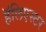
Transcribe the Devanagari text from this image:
हॅलिएस्टर